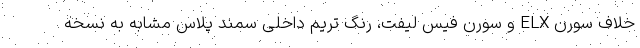
خلاف سورن ELX و سورن فیس لیفت، رنگ تریم داخلی سمند پلاس مشابه به نسخه